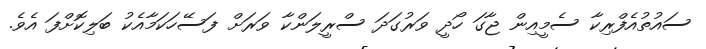
ސައުތުއެފްރިކާ ސެމީއިން ޖާގަ ހޯދީ ވަރުގަދަ ސްރީލަންކާ ވަރަށް ފަސޭހަކަމާއެކު ބަލިކޮށްފަ އެވެ.